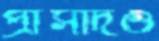
প্রাসাদও